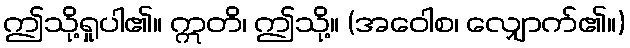
ဤသို့ရှုပါ၏။ ဣတိ၊ ဤသို့။ (အဝေါစ၊ လျှောက်၏။)